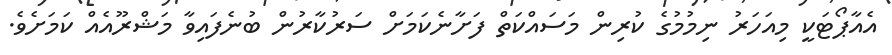
އެއާޕޯޓަކީ މިއަހަރު ނިމުމުގެ ކުރިން މަސައްކަތް ފަށާނެކަމަށް ސަރުކާރުން ބުނެފައިވާ މަޝްރޫއެއް ކަމަށެވެ.